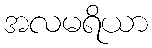
အလမရိယာ